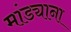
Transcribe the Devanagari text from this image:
मांड्याना